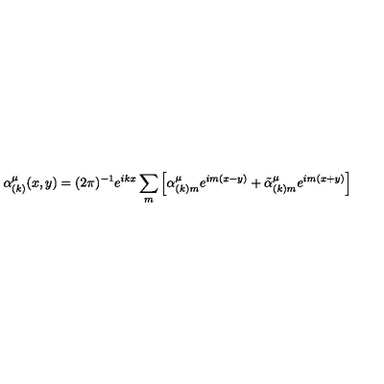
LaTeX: \alpha _ { ( k ) } ^ { \mu } ( x , y ) = ( 2 \pi ) ^ { - 1 } e ^ { i k x } \sum _ { m } \left[ \alpha _ { ( k ) m } ^ { \mu } e ^ { i m ( x - y ) } + \tilde { \alpha } _ { ( k ) m } ^ { \mu } e ^ { i m ( x + y ) } \right]